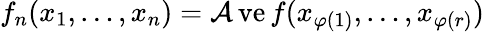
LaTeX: f_{n}(x_{1},\ldots,x_{n})=\operatorname{\mathcal{A}ve}f(x_{\varphi(1)},\ldots,x_{\varphi(r)})